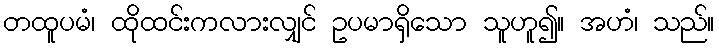
တထူပမံ၊ ထိုထင်းကလားလျှင် ဥပမာရှိသော သူဟူ၍။ အဟံ၊ သည်။